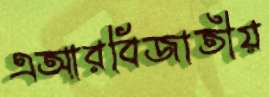
এআরবিজাতীয়